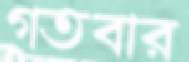
গতবার